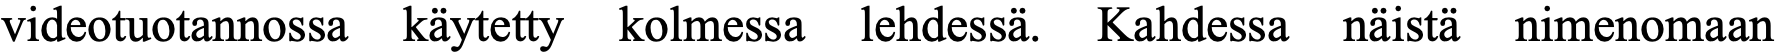
videotuotannossa käytetty kolmessa lehdessä. Kahdessa näistä nimenomaan